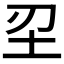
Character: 𡉔